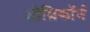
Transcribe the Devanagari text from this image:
ओम्रिकॉर्न